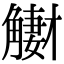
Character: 𧤳